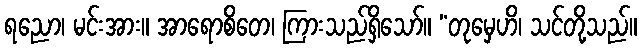
ရညော၊ မင်းအား။ အာရောစိတေ၊ ကြားသည်ရှိသော်။ “တုမှေဟိ၊ သင်တို့သည်။